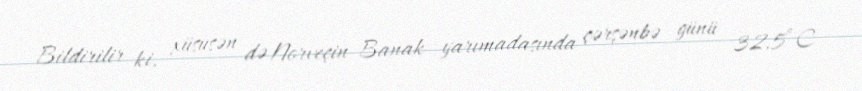
Bildirilir ki, xüsusən də Norveçin Banak yarımadasında çərşənbə günü 32,5°C